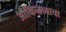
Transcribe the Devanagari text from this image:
ओकिनावाचा